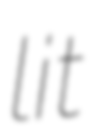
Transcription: lit